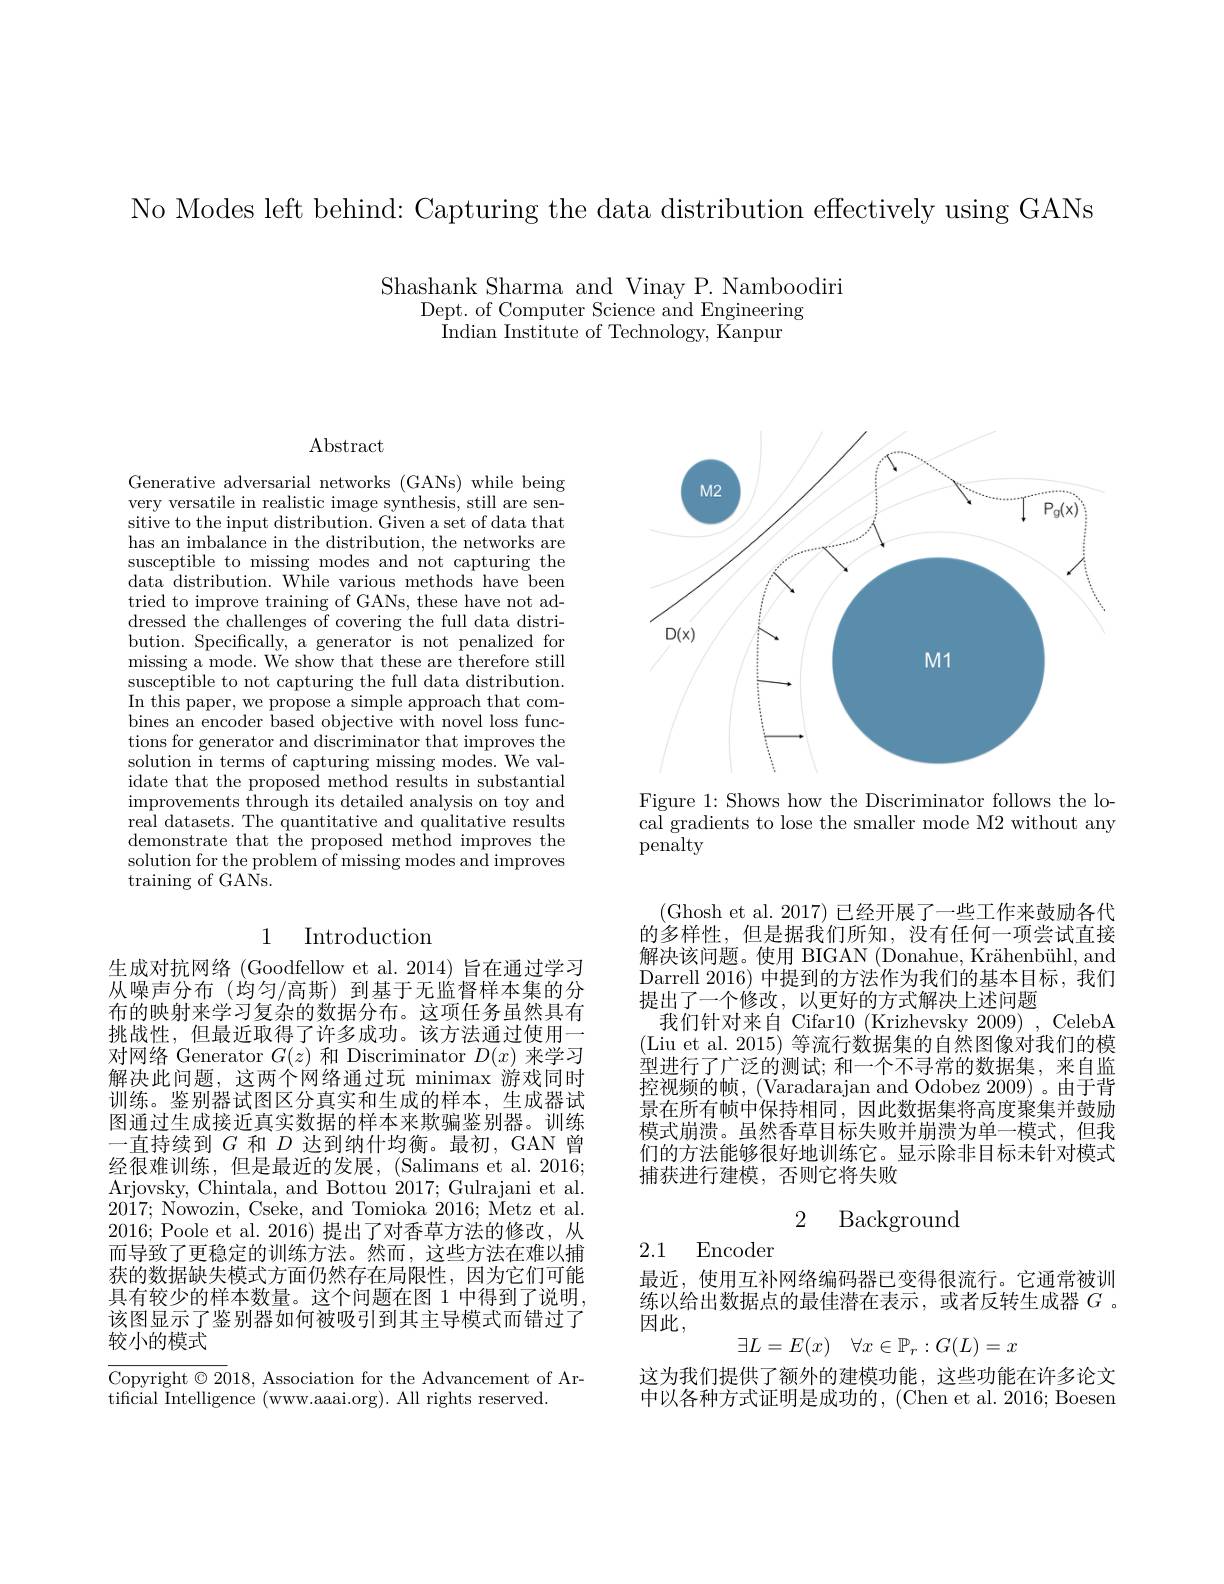
No Modes left behind: Capturing the data distribution effectively using GANs

Shashank Sharma and Vinay P. Namboodiri
Dept. of Computer Science and Engineering
Indian Institute of Technology, Kanpur

<FigureHere>

Figure 1: Shows how the Discriminator follows the local gradients to lose the smaller mode M2 without any $\bar{\text{penalty}}$

$\operatorname{Abstract}$

Generative adversarial networks (GANs) while being very versatile in realistic image synthesis, still are sensitive to the input distribution. Given a set of data that has an imbalance in the distribution, the networks are susceptible to missing modes and not capturing the data distribution. While various methods have been tried to improve training of GANs, these have not addressed the challenges of covering the full data distribution. Specifically, a generator is not penalized for missing a mode. We show that these are therefore still susceptible to not capturing the full data distribution. In this paper, we propose a simple approach that combines an encoder based objective with novel loss functions for generator and discriminator that improves the solution in terms of capturing missing modes. We validate that the proposed method results in substantial improvements through its detailed analysis on toy and real datasets. The quantitative and qualitative results demonstrate that the proposed method improves the solution for the problem of missing modes and improves training of GANs.

# 1 Introduction

生成对抗网络 (Goodfellow et al. 2014) 旨在通过学习从噪声分布(均匀/高斯)到基于无监督样本集的分布的映射来学习复杂的数据分布。这项任务虽然具有挑战性，但最近取得了许多成功。该方法通过使用一对网络 Generator $G(z)$和 Discriminator $D(x)$来学习解决此问题，这两个网络通过玩 minimax游戏同时训练。鉴别器试图区分真实和生成的样本，生成器试图通过生成接近真实数据的样本来欺骗鉴别器。训练一直持续到$G$和$D$达到纳什均衡。最初，GAN 曾经很难训练，但是最近的发展，(Salimans et al.2016; Arjovsky, Chintala, and Bottou 2017; Gulrajani et al. 2017; Nowozin, Cseke, and Tomioka 2016; Metz et al. 2016; Poole et al. 2016) 提出了对香草方法的修改，从而导致了更稳定的训练方法。然而，这些方法在难以捕获的数据缺失模式方面仍然存在局限性，因为它们可能具有较少的样本数量。这个问题在图 1 中得到了说明该图显示了鉴别器如何被吸引到其主导模式而错过了较小的模式

Copyright $\odot2018$, Association for the Advancement of Ar-
tificial Intelligence (www.aaai.org). All rights reserved.

(Ghosh et al. 2017) 已经开展了一些工作来鼓励各代的多样性，但是据我们所知，没有任何一项尝试直接解决该问题。使用 BIGAN (Donahue, Krähenbühl, and Darrell 2016) 中提到的方法作为我们的基本目标，我们提出了一个修改，以更好的方式解决上述问题
我们针对来自 Cifar10 (Krizhevsky 2009) , CelebA (Liu et al. 2015) 等流行数据集的自然图像对我们的模型进行了广泛的测试；和一个不寻常的数据集，来自监控视频的帧，(Varadarajan and Odobez 2009)。由于背景在所有帧中保持相同，因此数据集将高度聚集并鼓励模式崩溃。虽然香草目标失败并崩溃为单一模式，但我们的方法能够很好地训练它。显示除非目标未针对模式捕获进行建模，否则它将失败
$$\text{2 Background}$$
2.1 Encoder

最近，使用互补网络编码器已变得很流行。它通常被训练以给出数据点的最佳潜在表示，或者反转生成器$G$ 。因此，
$$\exists L=E(x)\quad\forall x\in\mathbb{P}_r:G(L)=x$$
这为我们提供了额外的建模功能，这些功能在许多论文中以各种方式证明是成功的，(Chen et al. 2016; Boesen